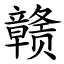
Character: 赣